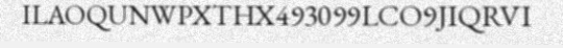
ILAOQUNWPXTHX493099LCO9JIQRVI